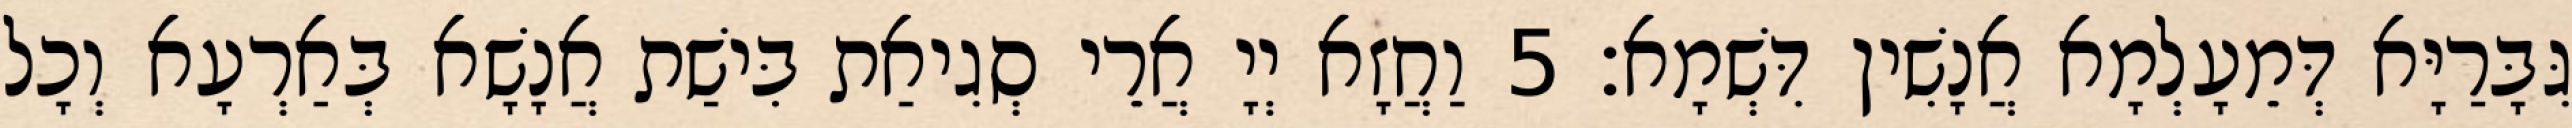
גִּבָּרַיָּא דְּמֵעָלְמָא אֲנָשִׁין דִּשְׁמָא׃ 5 וַחֲזָא יְיָ אֲרֵי סְגִיאַת בִּישַׁת אֲנָשָׁא בְּאַרְעָא וְכָל